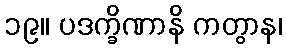
၁၉။ ပဒက္ခိဏာနိ ကတွာန၊